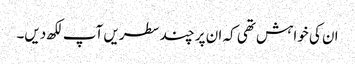
ان کی خواہش تھی کہ ان پر چند سطریں آپ لکھ دیں۔